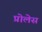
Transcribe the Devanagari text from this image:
प्रोलेस